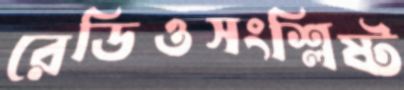
রেডিওসংশ্লিষ্ট